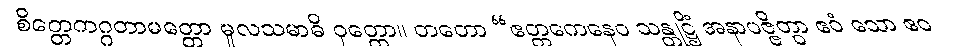
စိတ္တေကဂ္ဂတာမတ္တော မူလသမာဓိ ဝုတ္တော။ တတော “ဧတ္တကေနေဝ သန္တုဋ္ဌိံ အနာပဇ္ဇိတွာ ဧဝံ သော ဧဝ